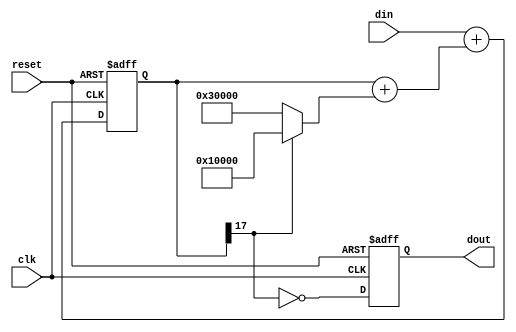
module sigma_delta_dac #(parameter NBITS = 2, parameter MBITS = 16)
(
    input              clk,
    input              reset,
    input signed [TOT_BITS-1:0] din,
    output reg         dout
);
 
    localparam TOT_BITS = NBITS + MBITS; 
    localparam signed [TOT_BITS-1:0] PLUS1  = { {NBITS-1{1'b0}}, 1'b1, {MBITS{1'b0}} };
    localparam signed [TOT_BITS-1:0] MINUS1 = -PLUS1;

    reg signed [TOT_BITS-1:0] integr;
    wire cmp_pos = ~integr[TOT_BITS-1];

    always @(posedge reset or posedge clk) begin
        if (reset) begin
            integr <= {TOT_BITS{1'b0}};
            dout   <= 1'b0;
        end
        else begin
            integr <= din + (integr + (cmp_pos ? MINUS1 : PLUS1));
            dout   <= cmp_pos;
        end
    end
endmodule